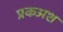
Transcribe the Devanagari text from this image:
प्रकअश